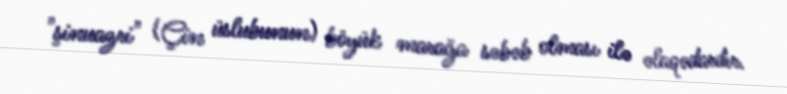
"şinuazri" (Çin üslubunun) böyük marağa səbəb olması ilə əlaqədardır.